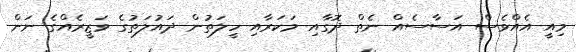
މިއީ އެއްވެސް އަސާސެއް ނެތް ދޮގާއި މަކަރާއި ހީލަތުން ދައުލަތުގެ ވަޒީރެއްގެ ނަން